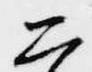
二